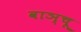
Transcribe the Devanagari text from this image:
वाञ्चू